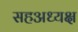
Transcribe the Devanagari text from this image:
सहअध्यक्ष